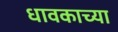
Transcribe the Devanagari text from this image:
धावकाच्या